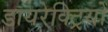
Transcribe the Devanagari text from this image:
डायरेक्ट्रियों